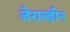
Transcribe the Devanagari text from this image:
जेराल्डीन